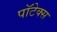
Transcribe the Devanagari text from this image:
पॉटेक्स